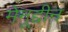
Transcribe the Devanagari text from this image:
मेनूद्दीन